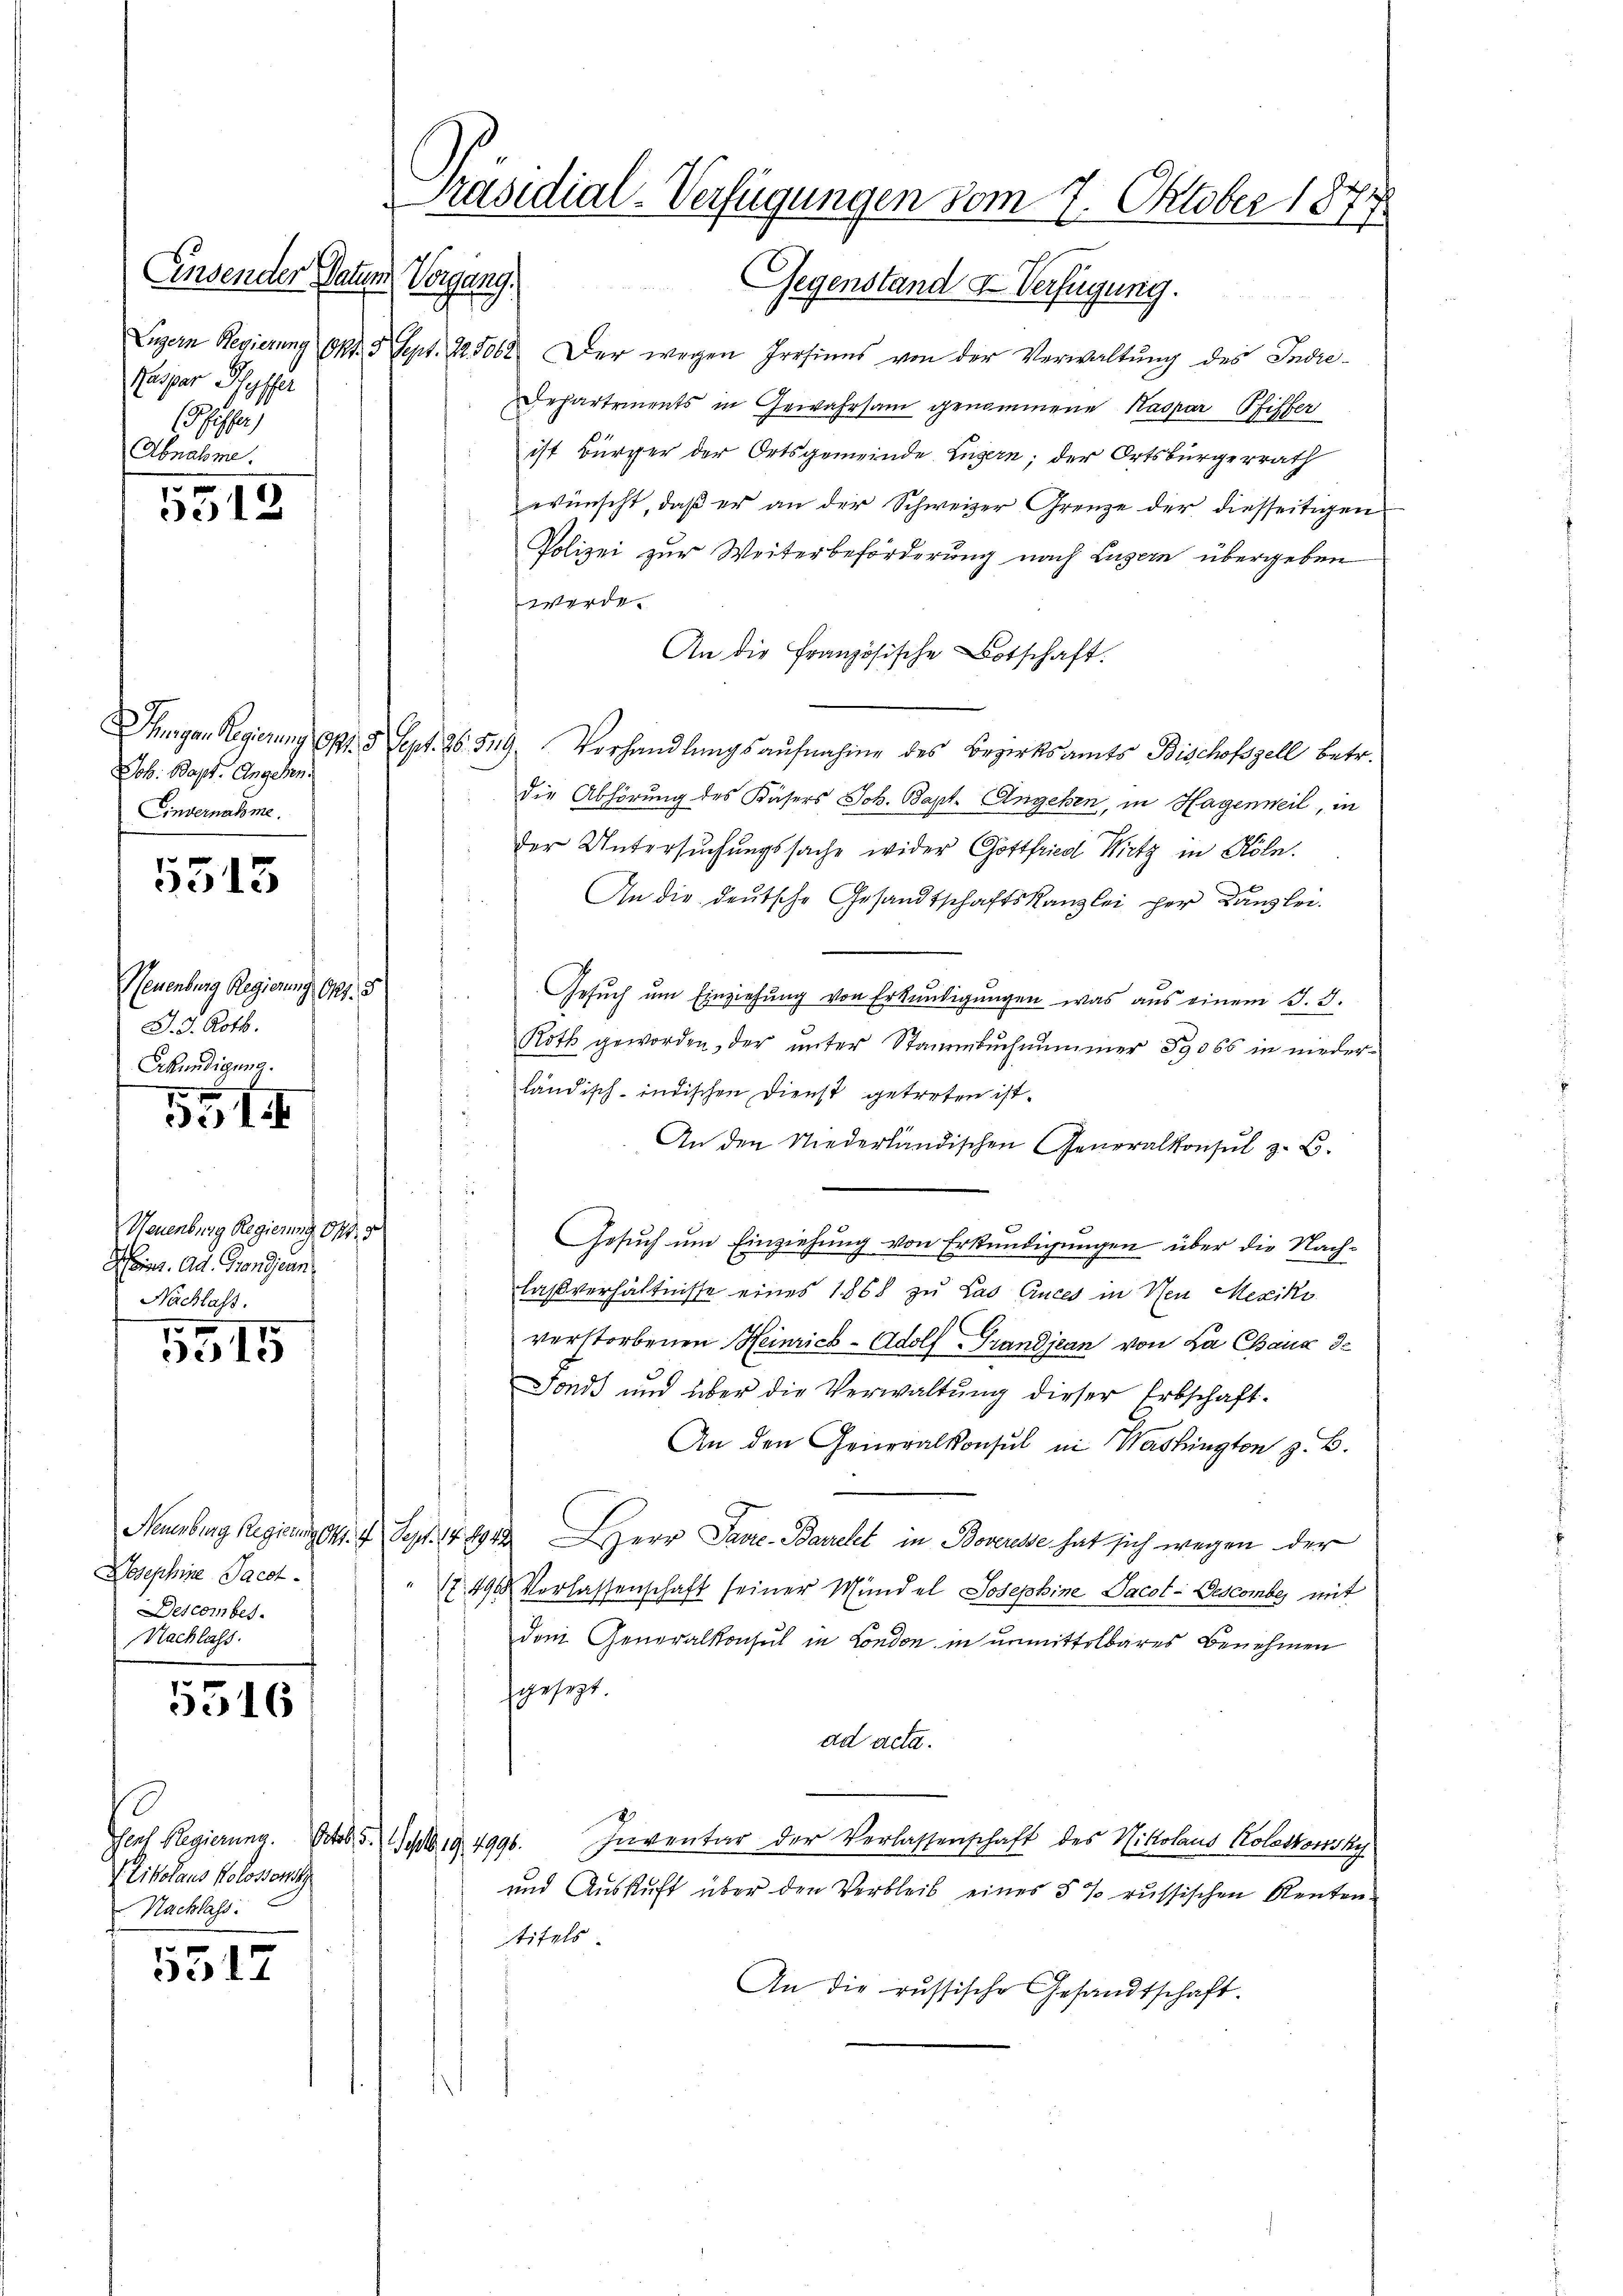
Einsender Datum
Keg
Kaspar Pfyffer

Abnahme.

5512

Job. Bapt. Angehen.
Einvernahme.

5513

Neuenburg Regierung, Art. 3
J. 3. Kotb.
Erkundigung.

10 x
331

Neuenburg Regierung 111. 5
Heinr. Ad. Grandjean
Nachlass.

5515

Josephine Pacht.
Descomber.
Nachlass

5516

Jes Regierung. Art. 5. Sept. 19, 1990.
Likolaus Kolossenste
Nachlass

5517

Präsidial-Verfügungen vom 7. Oktober 1871

Gegenstand & Verfügung.
Luzern Regierung Okt. 5 Sept. 125000. Der wegen Irrsinns von der Verwaltŭng des Indie-
Departements in Gewahrsam genommene Kaspar Pfiffer
ist Bürger der Ortsgemeinde Luzern; der Ortsbürgerrath
wünscht, daβ er an der Schweizer Grenze der diesseitigen
Polizei zur Weiterbeförderung nach Luzern übergeben
werde.
An die Französische Botschaft.
Thurgan Regierung Spt. 3 Sept. 36. 519. Vorhandlungsaufnahme des Bezirksamts Bischofszell betr.
die Abhörung des Kasers Joh. Bapt. Angeben, in Hagenweil, in
der Untersŭchŭngssache wider Gottfried Mietz in Köln.
.
An die deutsche Gesandtschaftskanzlei per Kanzlei
.
Gesuch um Einziehung von Erkundigungen, was aus einem J. 3.
Roth geworden, der unter Stammbuchnummer 19065 in niederländisch-indischen Dienst getreten ist.
d
An den Niederländischen Generalkonsul z. B.

Gesŭch ŭm Einziehŭng von Erkŭndigungen über die Nach-
.
laßverhältnisse eines 1868 zu Lao Ances in Neu Mexiko
i
verstorbenen Heinrich-Adolf Grandjean von La Chaux 32
Fonds und über die Verwaltŭng dieser Erbschaft.
An den Generalkonsul in Washingten z. B.
.
Neuenburg Regierungen 4 Sept. 148942 Herr Pavre-Barrelet in Boveresse hat sich wegen der
". 490. Verlassenschaft seiner Mündel Josephine Sacot-Gescomber mit
dem Generalkonsul in London in unmittelbares Benehmen
gesezt.
ad acta.
Inventar der Verlassenschaft des Nikolaus Kolationsky
und Auskunft über den Verbleib, einer 5 % russischen Rententitels.
An die russische Gesandtschaft.